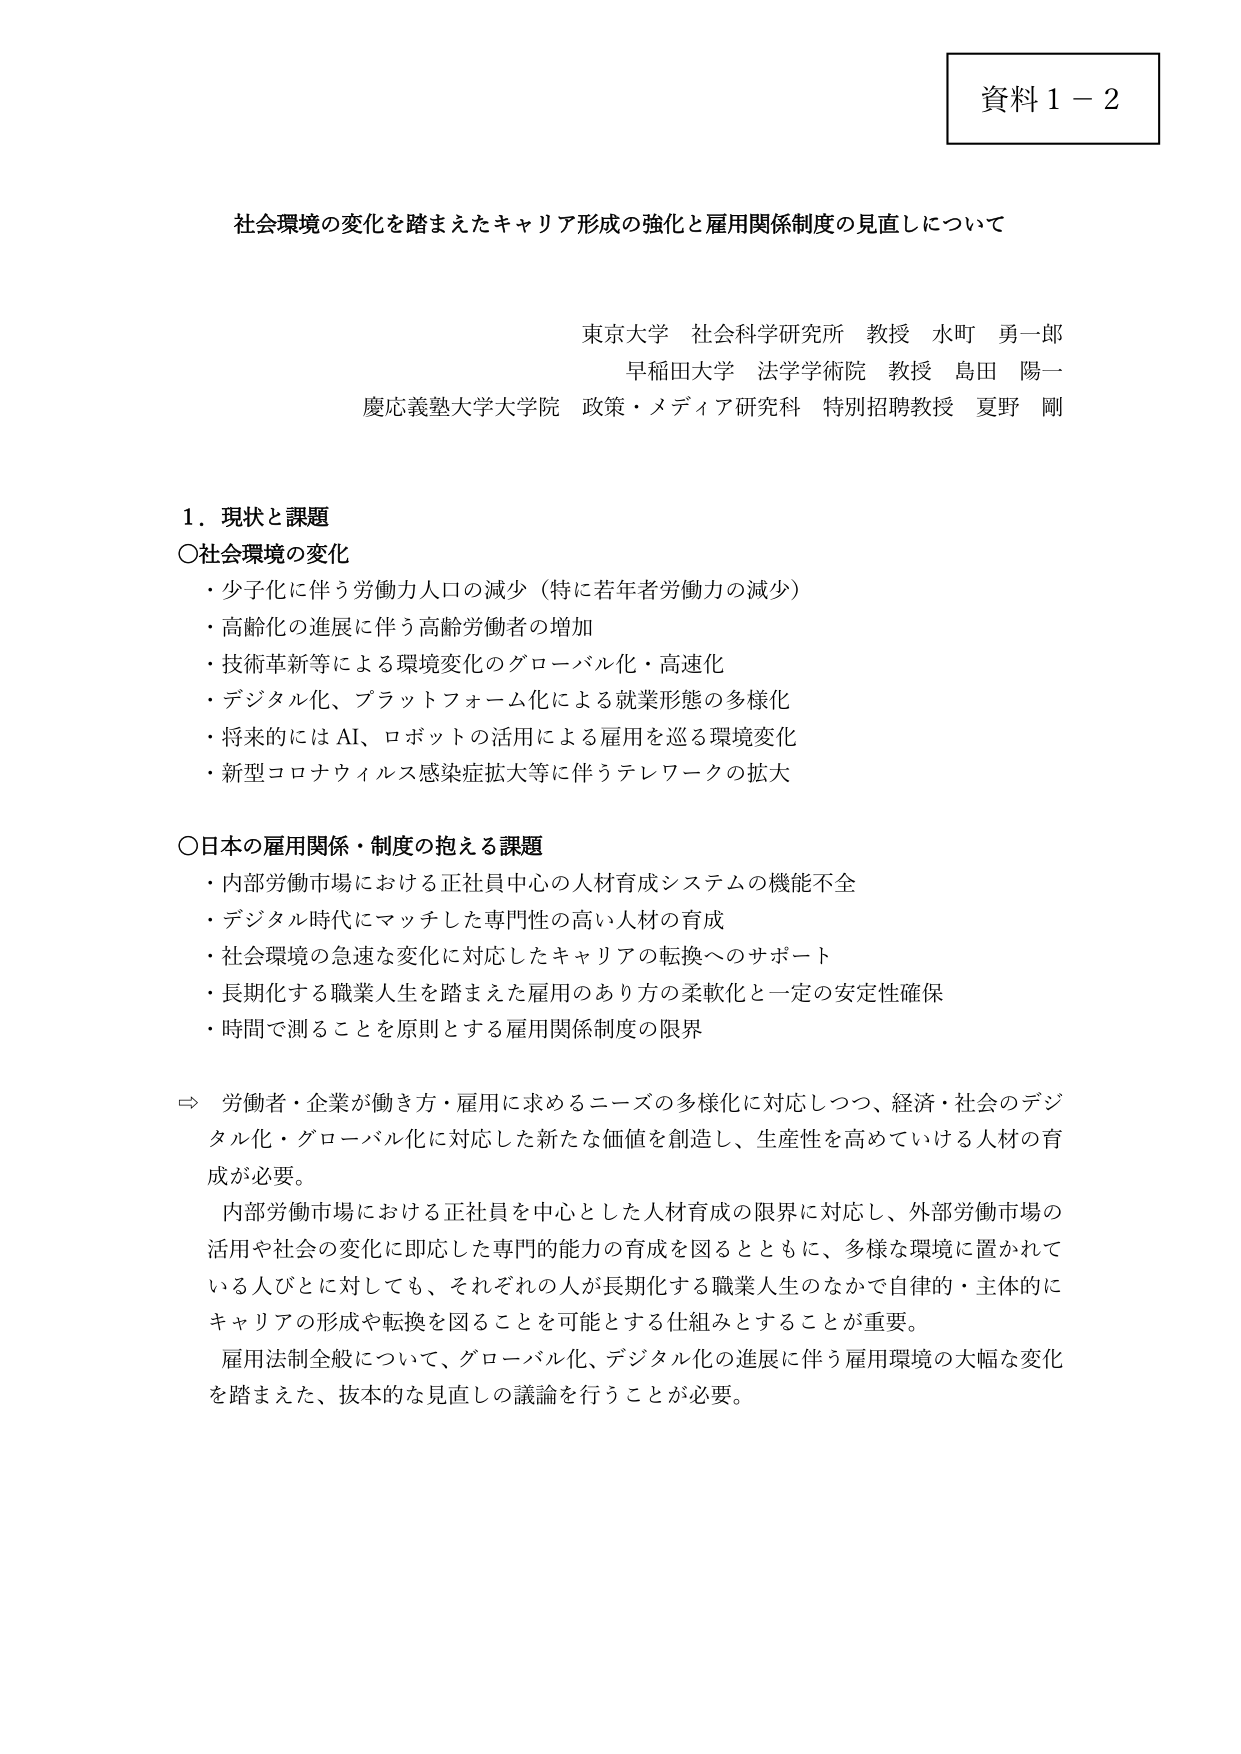
資料１－２

社会環境の変化を踏まえたキャリア形成の強化と雇用関係制度の見直しについて

東京大学 社会科学研究所 教授 水町 勇一郎
早稲田大学 法学学術院 教授 島田 陽一
慶応義塾大学大学院 政策・メディア研究科 特別招聘教授 夏野 剛

１．現状と課題

〇社会環境の変化
・少子化に伴う労働力人口の減少（特に若年者労働力の減少）
・高齢化の進展に伴う高齢労働者の増加
・技術革新等による環境変化のグローバル化・高速化
・デジタル化、プラットフォーム化による就業形態の多様化
・将来的にはAI、ロボットの活用による雇用を巡る環境変化
・新型コロナウイルス感染症拡大等に伴うテレワークの拡大

〇日本の雇用関係・制度の抱える課題
・内部労働市場における正社員中心の人材育成システムの機能不全
・デジタル時代にマッチした専門性の高い人材の育成
・社会環境の急速な変化に対応したキャリアの転換へのサポート
・長期化する職業人生を踏まえた雇用のあり方の柔軟化と一定の安定性確保
・時間で測ることを原則とする雇用関係制度の限界

⇒ 労働者・企業が働き方・雇用に求めるニーズの多様化に対応しつつ、経済・社会のデジタル化・グローバル化に対応した新たな価値を創造し、生産性を高めていける人材の育成が必要。

内部労働市場における正社員を中心とした人材育成の限界に対応し、外部労働市場の活用や社会の変化に即応した専門的能力の育成を図るとともに、多様な環境に置かれている人びとに対しても、それぞれの人が長期化する職業人生のなかで自律的・主体的にキャリアの形成や転換を図ることを可能とする仕組みとすることが重要。

雇用法制全般について、グローバル化、デジタル化の進展に伴う雇用環境の大幅な変化を踏まえた、抜本的な見直しの議論を行うことが必要。